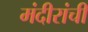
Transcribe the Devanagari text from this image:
मंदीरांची